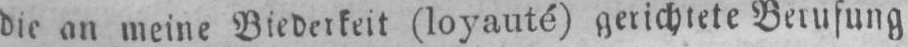
die an meine Biederkeit (loyauté) gerichtete Berufung